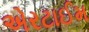
એરટાઈમ